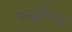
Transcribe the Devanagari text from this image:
मन्चुरिअन